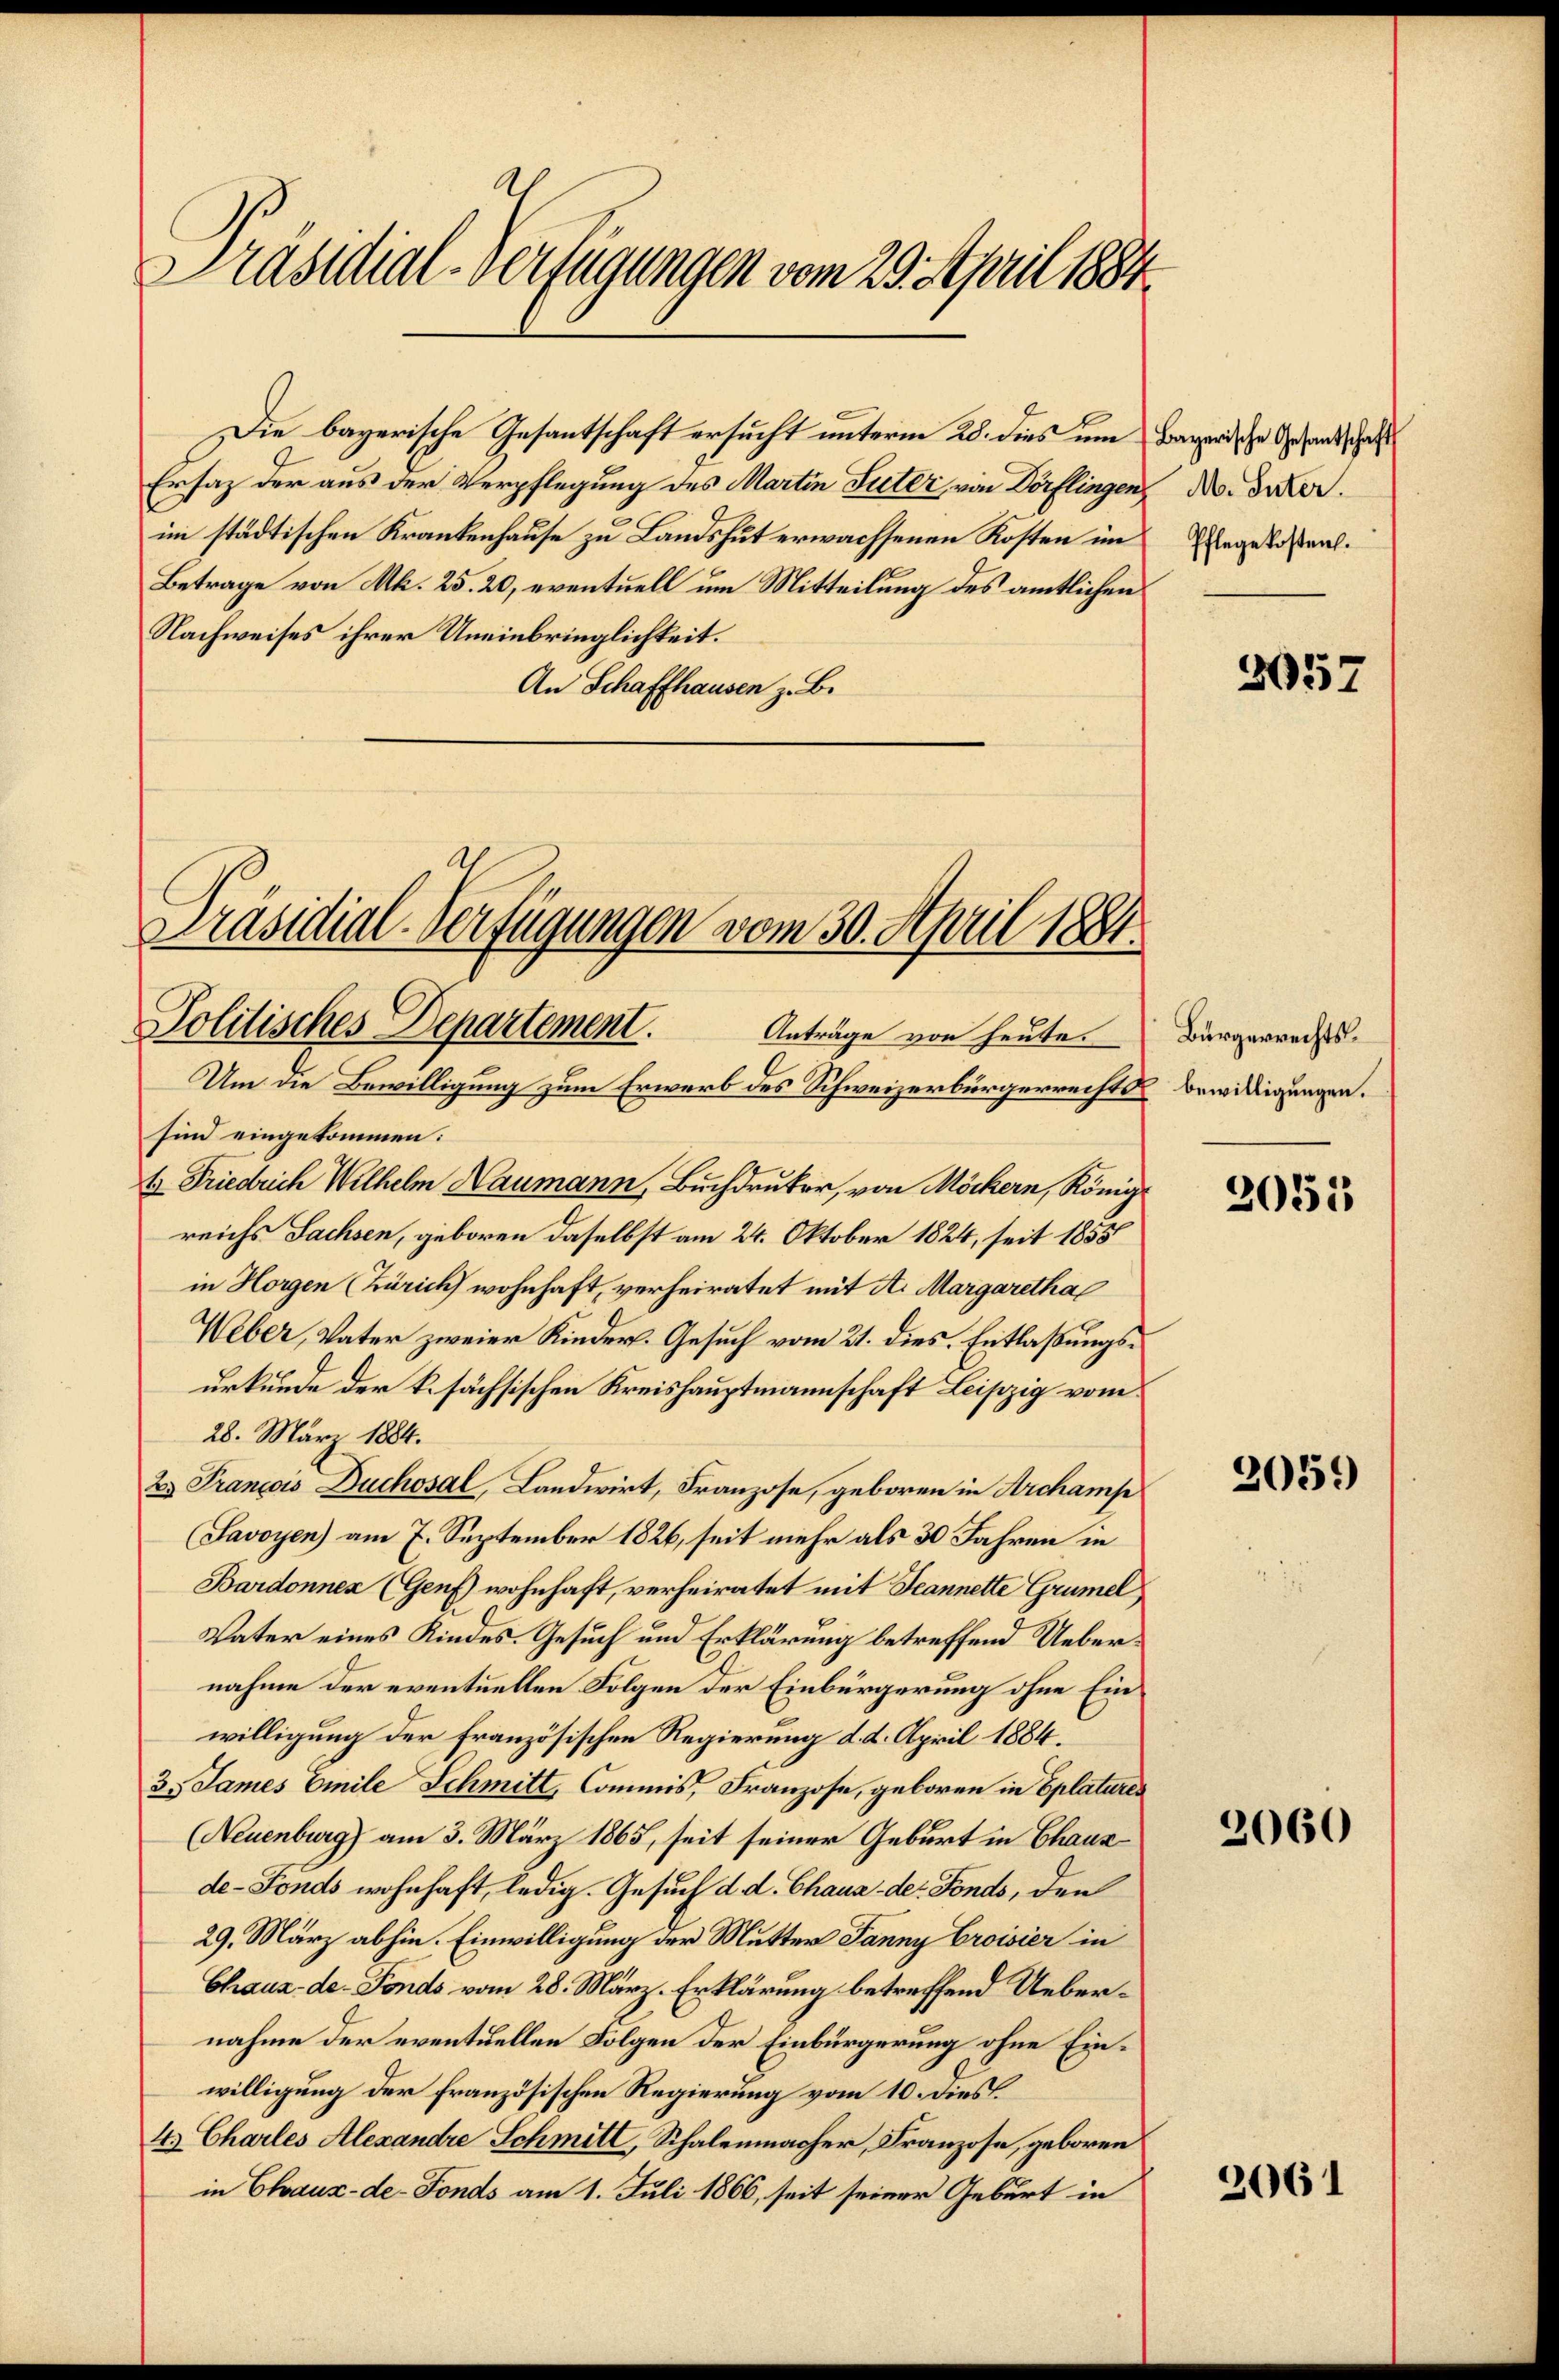
Präsidial-Verfügungen vom 29. April 1884

Ersatz der aus der Verpflegung des Martin Suter von Dörflingen No. Inter
im städtischen Krankenhause zu Landshut erwachsenen Kosten im
Betrage von Mk. 25. 20, eventuell um Mitteilung des amtlichen
Nachweises ihrer Uneinbringlichkeit.
An Schaffhausen z. B.

Präsidial-Verfügungen vom 30. April 1881.

Die bayerische Gesantschaft ersucht unterm 28. dies um Bayerische Gesandschaft

Politisches Departement.
Um die Bewilligung zum Erwerb des Schweizerbürgerrechts bewilligungen.
sind eingekommen:
E Friedrich Wilhelm Haumann, Buchdruker, von Möckern, Königl
reichs Sachsen, geboren daselbst am 24. Oktober 1824, seit 1855
in Horgen (Zürich wohnhaft, verheiratet mit A. Margarethal
Weber, Vater zweier Kinder. Gesuch vom 21. dies. Entlaßungsurkunde der k. sächsischen Kreishauptmannschaft Leipzig vom
28. März 1884.
2. François Duchosal, Landwirt, Franzose, geboren in Archamp
Savoyen) am 7. September 1826, seit mehr als 30 Jahren in
Bardonnen (Genf wohnhaft, verheiratet mit Jeannette Grümel
Vater eines Kindes. Gesuch und Erklärung betreffend Uebernahme der eventuellen Folgen der Einbürgerung ohne Einwilligung der französischen Regierung d. d. April 1884.
2. James Emile Schmitt, Commis, Franzose, geboren in Eplatures
(Neuenburg) am 3. März 1865, seit seiner Geburt in Chaus
de-Fonds wohnhaft, ledig. Gesuch d. d. Chaus der Fonds, den
29. März abhin. Einwilligung der Mutter Janny Croisier in
Chaux-de-Fonds vom 28. März. Erklärung betreffend Uebernahme der eventuellen Folgen der Einbürgerung ohne Einwilligung der französischen Regierung vom 10. dies
4. Charles Alexandre Schmitt, Schalenmacher, Franzose, geboren
in Chaux-de-Fonds am 1. Juli 1866, seit seiner Geburt in

Anträge von heute.

Pflegekosten.

3057

Bürgerrechts¬

2055

2059

2060

2061